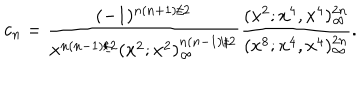
LaTeX: c _ { n } = \frac { ( - 1 ) ^ { n ( n + 1 ) / 2 } } { x ^ { n ( n - 1 ) / 2 } ( x ^ { 2 } ; x ^ { 2 } ) _ { \infty } ^ { n ( n - 1 ) / 2 } } \frac { ( x ^ { 2 } ; x ^ { 4 } , x ^ { 4 } ) _ { \infty } ^ { 2 n } } { ( x ^ { 8 } ; x ^ { 4 } , x ^ { 4 } ) _ { \infty } ^ { 2 n } } .